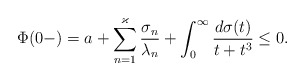
\begin{align*} \Phi(0-) = a + \sum_{n=1}^{\varkappa}\frac{\sigma_n}{\lambda_n} + \int_0^\infty\frac{d\sigma(t)}{t+t^3}\le 0. \end{align*}